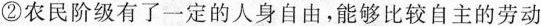
②农民阶级有了一定的人身自由，能够比较自主的劳动